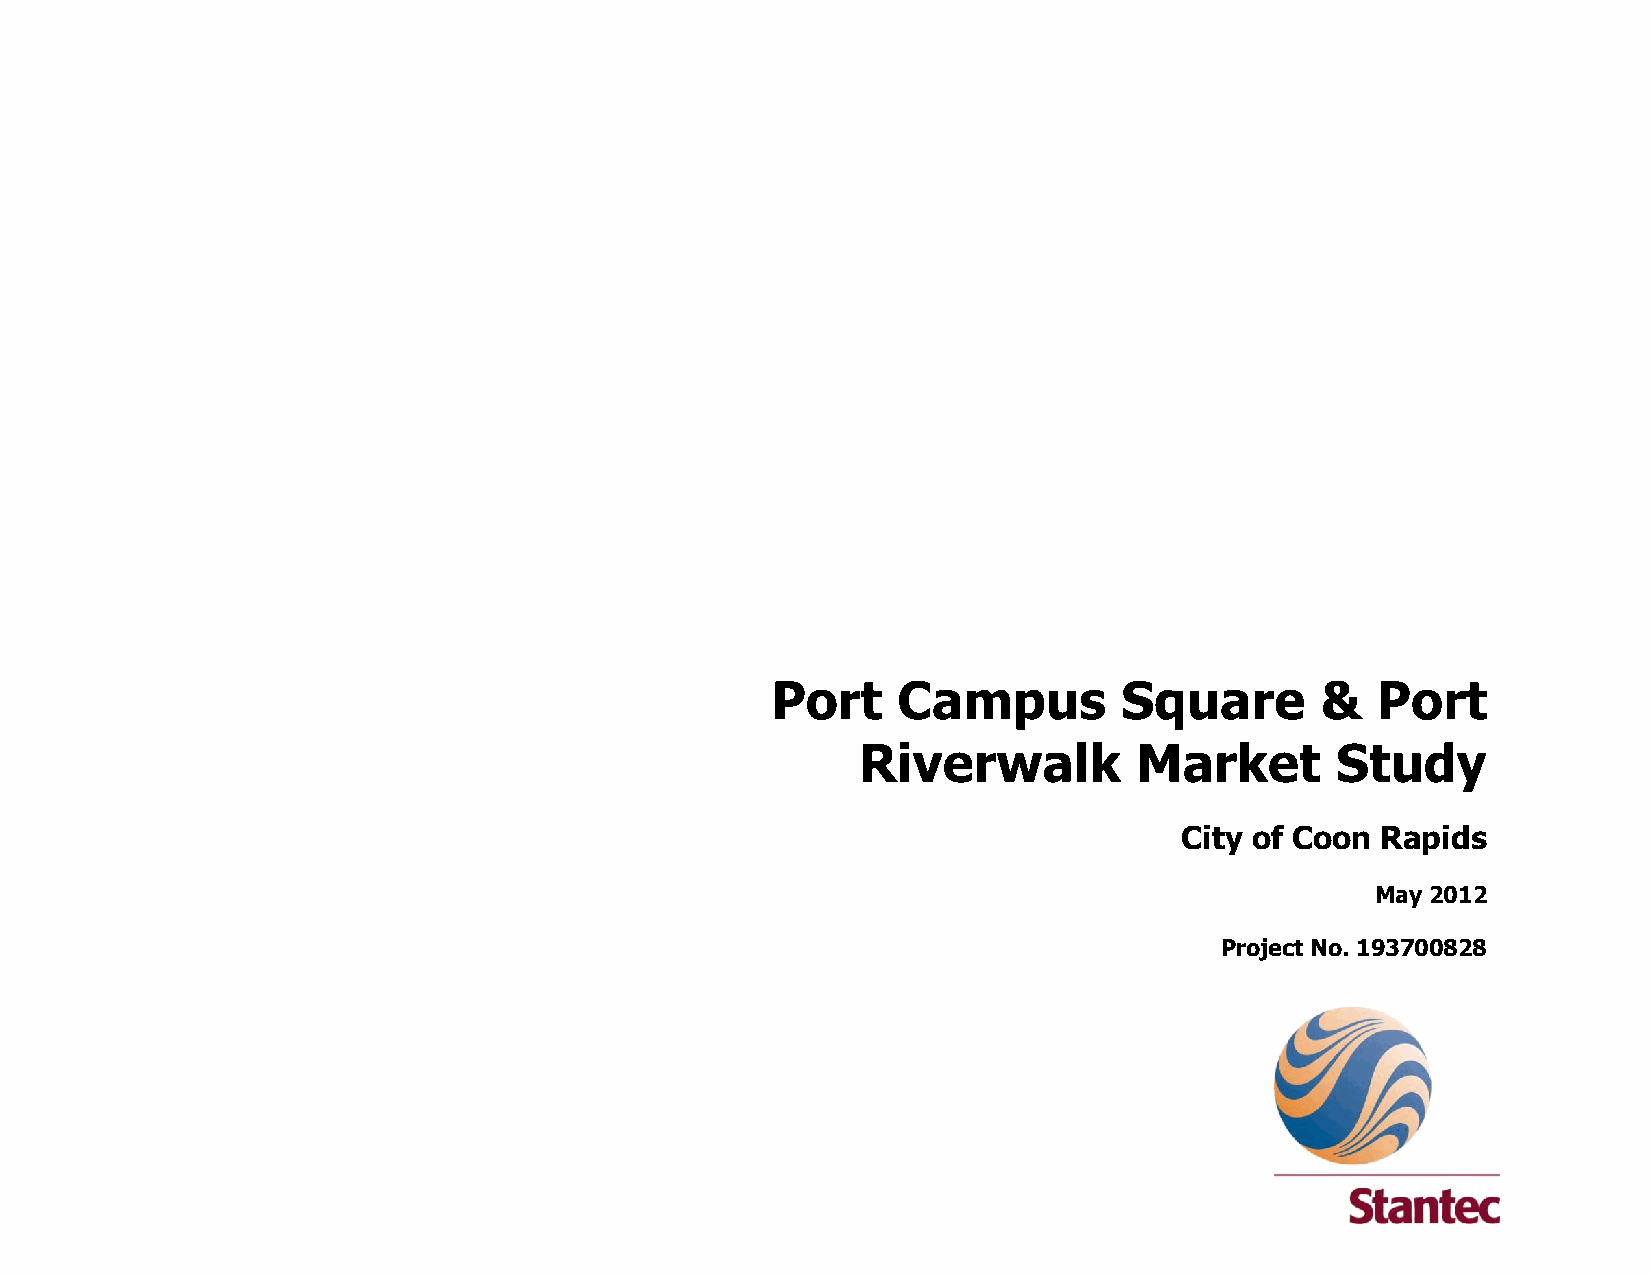
Port    Campus         Square       &   Port
 Riverwalk         Market       Study
 City of Coon Rapids
 May 2012
 Project No. 193700828